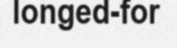
longed-for